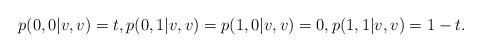
LaTeX: \begin{align*}p(0,0|v,v) = t, p(0,1|v,v)=p(1,0|v,v)=0, p(1,1|v,v)=1-t.\end{align*}